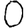
Digit: 0